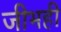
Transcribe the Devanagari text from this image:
जीभही